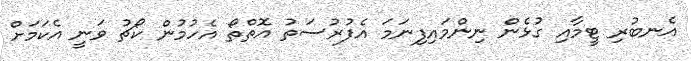
އެނބުރި ޓީމާއި ގުޅެން ނިންމައިފިނަމަ އެފުރުސަތު އޮތްތޯ އެހުމުން ކޯޗު ވަނީ އެކަމަށް